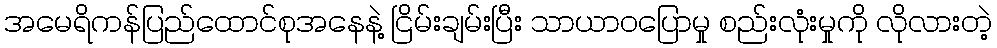
အမေရိကန်ပြည်ထောင်စုအနေနဲ့ ငြိမ်းချမ်းပြီး သာယာဝပြောမှု စည်းလုံးမှုကို လိုလားတဲ့